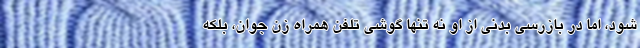
شود، اما در بازرسی بدنی از او نه تنها گوشی تلفن همراه زن جوان، بلکه